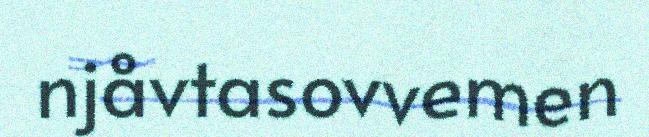
njåvtasovvemen